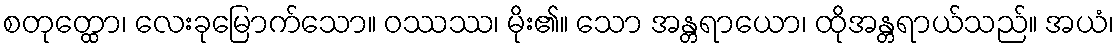
စတုတ္ထော၊ လေးခုမြောက်သော။ ဝဿဿ၊ မိုး၏။ သော အန္တရာယော၊ ထိုအန္တရာယ်သည်။ အယံ၊